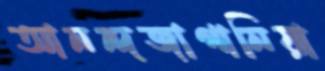
আনন্দজাগানিয়া